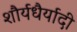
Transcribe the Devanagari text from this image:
शौर्यधैर्यादी